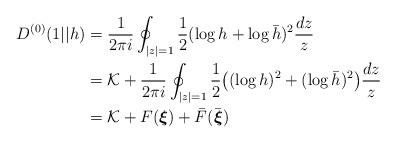
LaTeX: \begin{align*}D^{(0)}(1||h) &=\frac{1}{2\pi i}\oint_{|z|=1}\frac{1}{2}(\log{h}+\log{\bar{h}})^2\frac{dz}{z} \\&={\mathcal{K}}+\frac{1}{2\pi i}\oint_{|z|=1}\frac{1}{2}\big((\log{h})^2+(\log{\bar{h}})^2 \big)\frac{dz}{z} \\&={\mathcal{K}}+F(\boldsymbol{\xi})+\bar{F}(\bar{\boldsymbol{\xi}}) \end{align*}